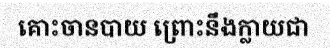
គោះចានបាយ ព្រោះនឹងក្លាយជា